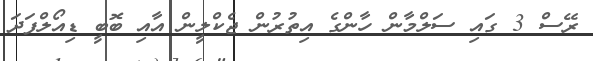
ރޭސް 3 ގައި ސަލްމާން ހާންގެ އިތުރުން ޖެކްލީން އާއި ބޮބީ ޑިއޯލްފަދަ